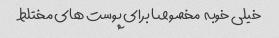
خیلى خوبه  مخصوصا براى پوست هاى مختلط